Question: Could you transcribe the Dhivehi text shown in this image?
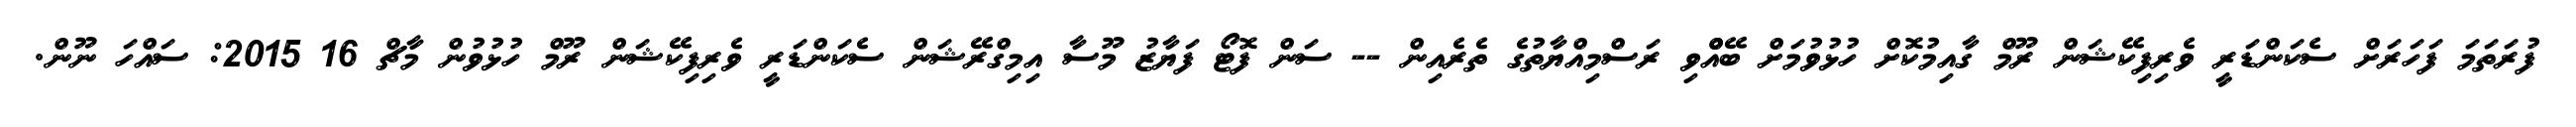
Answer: ފުރަތަމަ ފަހަރަށް ސެކަންޑަރީ ވެރިފިކޭޝަން ރޫމް ގާއިމުކޮށް ހުޅުވުމަށް ބޭއްްވި ރަސްމިއްޔާތުގެ ތެރެއިން -- ސަން ފޮޓޯ ފަޔާޒު މޫސާ އިމިގްރޭޝަން ސެކަންޑަރީ ވެރިފިކޭޝަން ރޫމް ހުޅުވުން މާޗް 16 2015: ސައްހަ ނޫން.